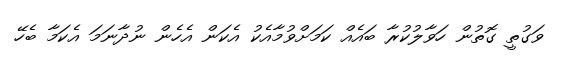
ވަގުތީ ގޮތުން ހަވާލުކުރާ ބައެއް ކަމަށްވުމާއެކު އެކަން އެހެން ނުދާނަމަ އެކަމާ ބެހޭ